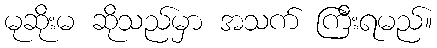
မုဆိုးမ ဆိုသည်မှာ အသက် ကြီးရမည်။